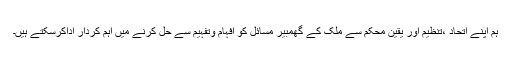
ہم اپنے اتحاد ،تنظیم اور یقین محکم سے ملک کے گھمبیر مسائل کو افہام وتفہیم سے حل کرنے میں اہم کردار اداکرسکتے ہیں۔